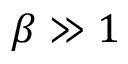
\beta \gg 1